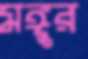
মঙ্গুর